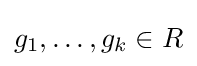
g_{1},\ldots ,g_{k}\in R